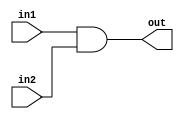
// Developed by: Aashi Srivastava
// TITLE: AND FROM NAND

module andfromnand (
    out, in1, in2, 
);
    input in1, in2;
    output out;
    wire wire1;

    nand n1(wire1, in1, in2);
    nand n2(out, wire1, wire1);
    
endmodule